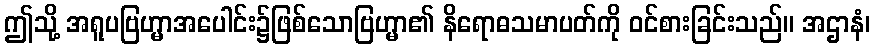
ဤသို့ အရူပဗြဟ္မာအပေါင်း၌ဖြစ်သောဗြဟ္မာ၏ နိရောဓသမာပတ်ကို ဝင်စားခြင်းသည်။ အဌာနံ၊